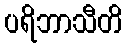
ပရိဘာသီတိ